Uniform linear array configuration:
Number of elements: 64
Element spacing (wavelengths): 0.5
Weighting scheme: blackman
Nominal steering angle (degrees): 0
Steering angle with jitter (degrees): -1.274
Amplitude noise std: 0.05
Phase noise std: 0.05

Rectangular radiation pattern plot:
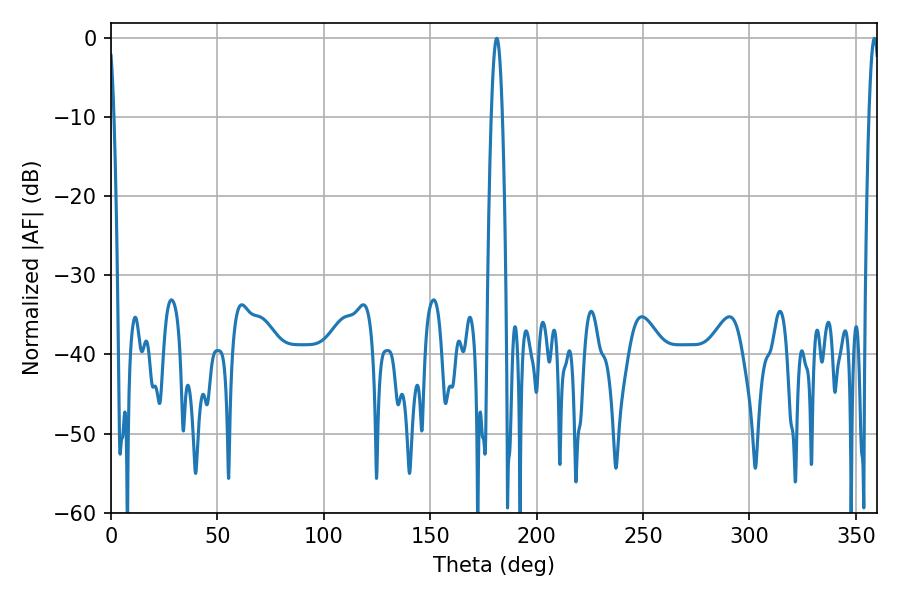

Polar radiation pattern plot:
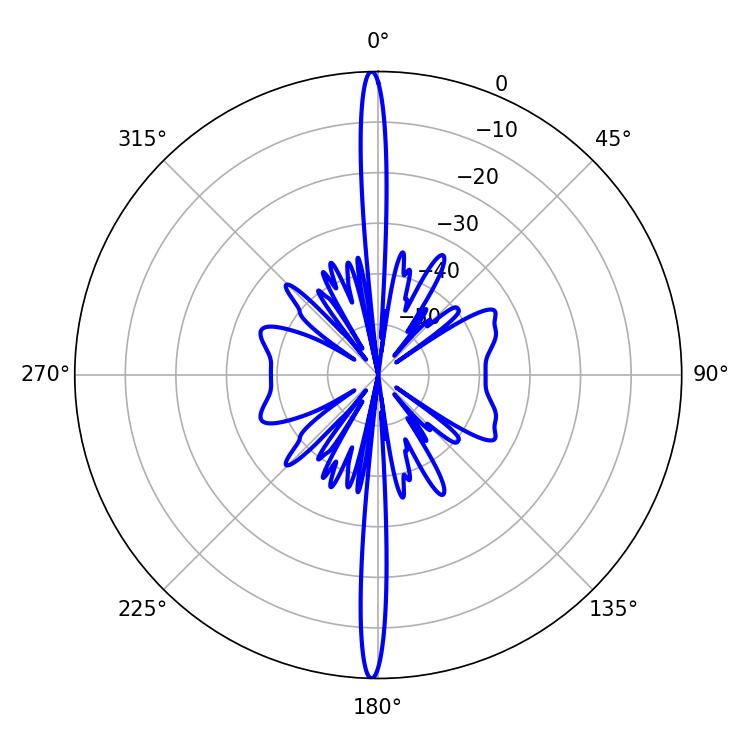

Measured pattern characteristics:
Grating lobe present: FALSE
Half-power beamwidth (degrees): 2.88
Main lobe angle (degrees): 181.26